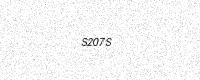
Text: S207S